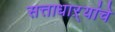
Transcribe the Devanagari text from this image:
सत्ताधाऱ्यांचे